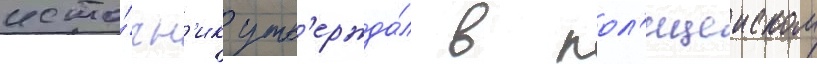
исто́чн'ик утв'ержда́л в пол'ицеиском